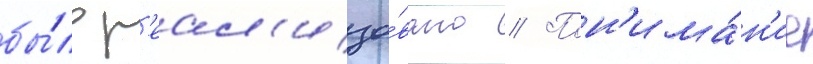
бы́ло р'еал'изо́вано // Пон'има́н'ие